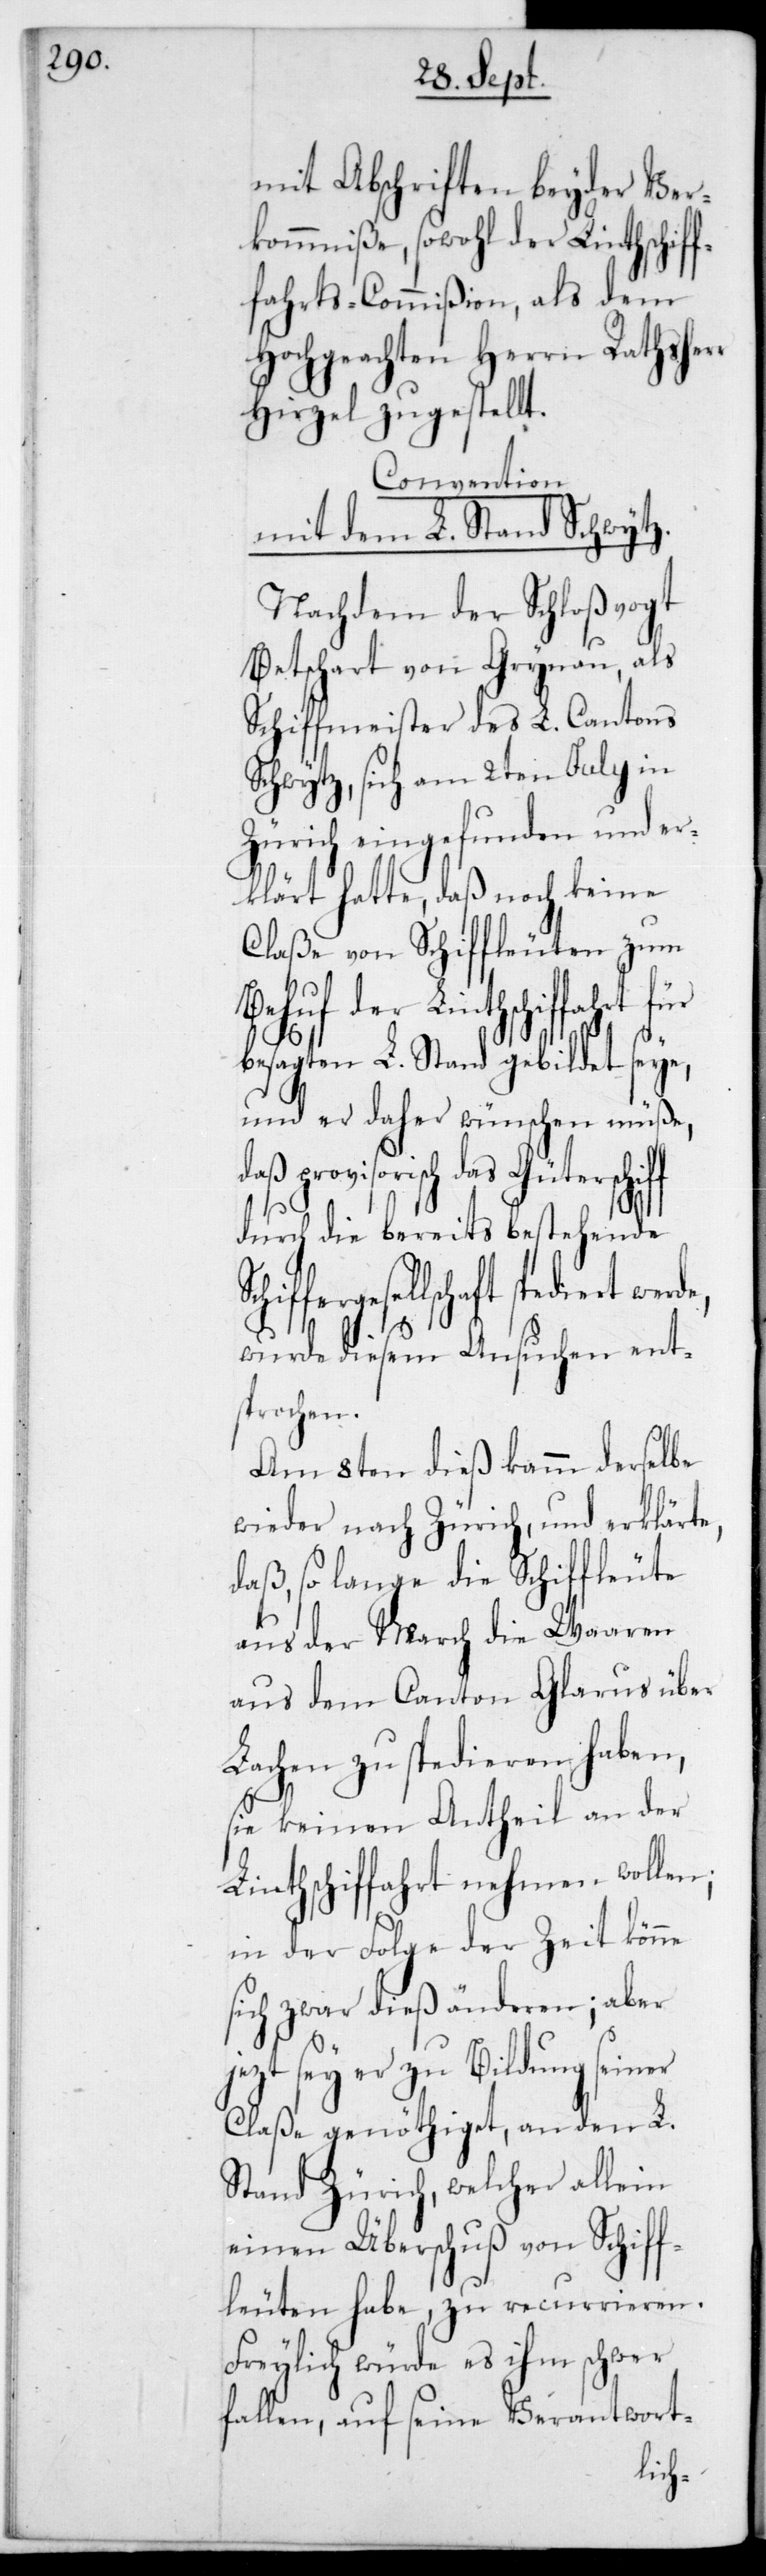
mit Abschriften beyder Ver¬
kommniße, sowohl der Linthschif¬
fahrts-Commißion, als dem
Hochgeachten Herrn Rathsherr
Hirzel zugestellt.
Convention
mit dem L. Stand Schwytz.
Nachdem der Schloßvogt
Betschart von Grynau, als
Schiffmeister des L. Cantons
Schwytz, sich am 2ten July in
Zürich eingefunden und er¬
klärt hatte, daß noch keine
Claße von Schiffleuten zum
schaft spediert werde,
besagten L. Stand gebildet seye,
und er daher wünschen müße,
provisorisch das Güterschif¬
durch die bereits bestehende
j¬
wurde diesem Ansuchen ent¬
sprochen.
Am 8ten dieß kamm derselbe
wieder nach Zürich und erklärte,
daß, so lange die Schiffleute
aus der March die Waaren
aus dem Canton Glarus über
Lachen zu spedieren haben,
sie keinen Antheil an der
Linthschiffahrt nehmen wollen;
in der Folge der Zeit könne
sich zwar dieß änderen; aber
etzt sey er zu Bildung seiner
Claße genöthiget, an den L.
Stand Zürich, welcher allein
einen Überschuß von Schiff¬
leuten habe, zu recurrieren.
Freylich würde es ihm schwer
fallen, auf seine Verantwort-